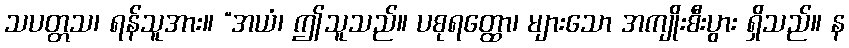
သပတ္တသ၊ ရန်သူအား။ “အယံ၊ ဤသူသည်။ ပစုရတ္ထော၊ များသော အကျိုးစီးပွား ရှိသည်။ န